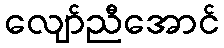
လျော်ညီအောင်